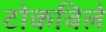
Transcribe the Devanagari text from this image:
टोकविले